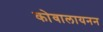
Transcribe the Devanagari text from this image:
कोवालायनन